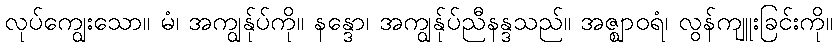
လုပ်ကျွေးသော။ မံ၊ အကျွန်ုပ်ကို။ နန္ဒော၊ အကျွန်ုပ်ညီနန္ဒသည်။ အဇ္ဈာဝရံ၊ လွန်ကျူးခြင်းကို။